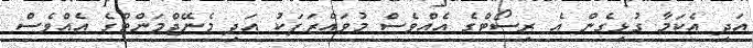
އަދި އެކަމާ ގުޅިގެން އެ ރިސޯޓްގެ އެއްވެސް މުވައްޒަފަކު އަދި މެނޭޖްމަންޓްގެ އެއްވެސް